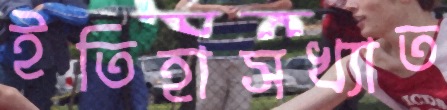
ইতিহাসখ্যাত